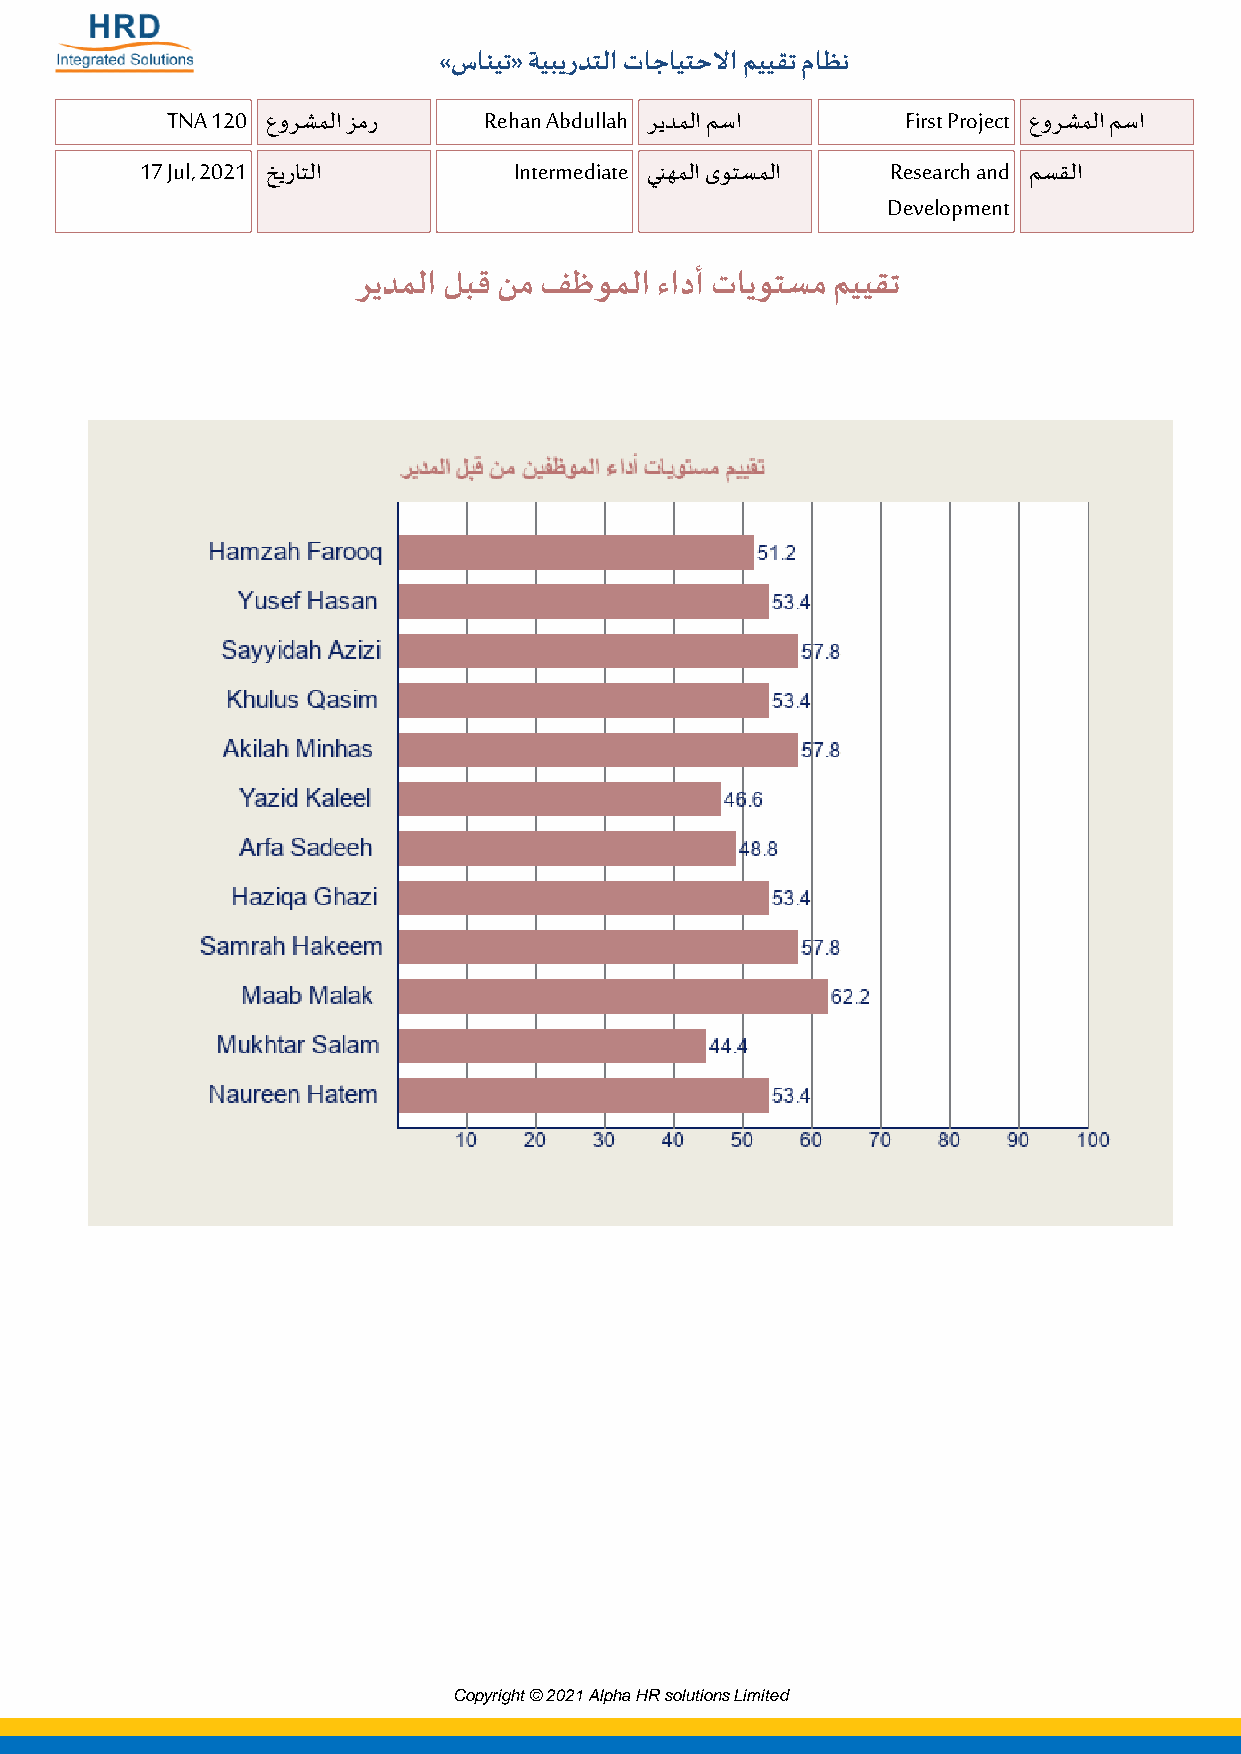
«ﺱﺎﻨﻴﺗ» ﺔﻴﺒﻳﺭﺪﺘﻟﺍ ﺕﺎﺟﺎﻴﺘﺣﻻﺍ ﻢﻴﻴﻘﺗ ﻡﺎﻈﻧ
 TNA 120 ﻉﻭﺮﺸﻤﻟﺍ ﺰﻣﺭ  Rehan Abdullah ﺮﻳﺪﻤﻟﺍ ﻢﺳﺍ   First Project ﻉﻭﺮﺸﻤﻟﺍ ﻢﺳﺍ
 17 Jul, 2021 ﺦﻳﺭﺎﺘﻟﺍ     Intermediate ﻲﻨﻬﻤﻟﺍ ﻯﻮﺘﺴﻤﻟﺍ Research and ﻢﺴﻘﻟﺍ
 Development
 ﺮﻳﺪﻤﻟﺍ ﻞﺒﻗ ﻦﻣ ﻒﻇﻮﻤﻟﺍ ﺀﺍﺩﺃ ﺕﺎﻳﻮﺘﺴﻣ ﻢﻴﻴﻘﺗ
 Copyright © 2021 Alpha HR solutions Limited
 Powered by TCPDF (www.tcpdf.org)